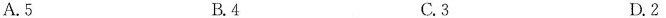
A.5 B.4 C.3 D.2